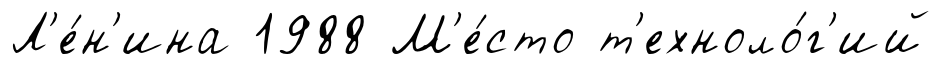
Л'е́н'ина 1988 М'е́сто т'ехноло́г'ий